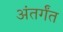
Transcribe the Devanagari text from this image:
अंतर्गंत